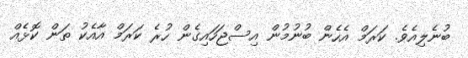
ބުނެލިއެވެ. ކަރަމް އެހެން ބުނުމުން އިސްޖަހައިގެން ހުރެ ކަރަމް އާއެކު ތަން ކޮޅެއް